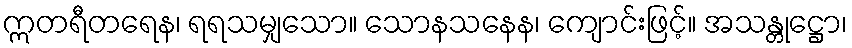
ဣတရီတရေန၊ ရရသမျှသော။ သောနသနေန၊ ကျောင်းဖြင့်။ အသန္တုဋ္ဌော၊